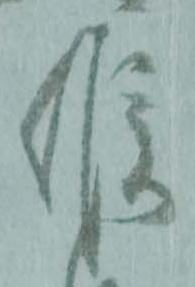
候